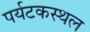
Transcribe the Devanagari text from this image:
पर्यटकस्थल